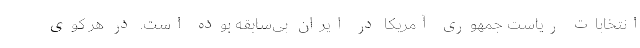
انتخابات ریاست جمهوری آمریکا در ایران بی‌سابقه بوده است. در هر کوی